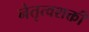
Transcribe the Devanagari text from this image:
नेतृत्वशक्ती